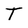
Character: T